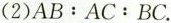
(2)$$AB：AC：BC$$.